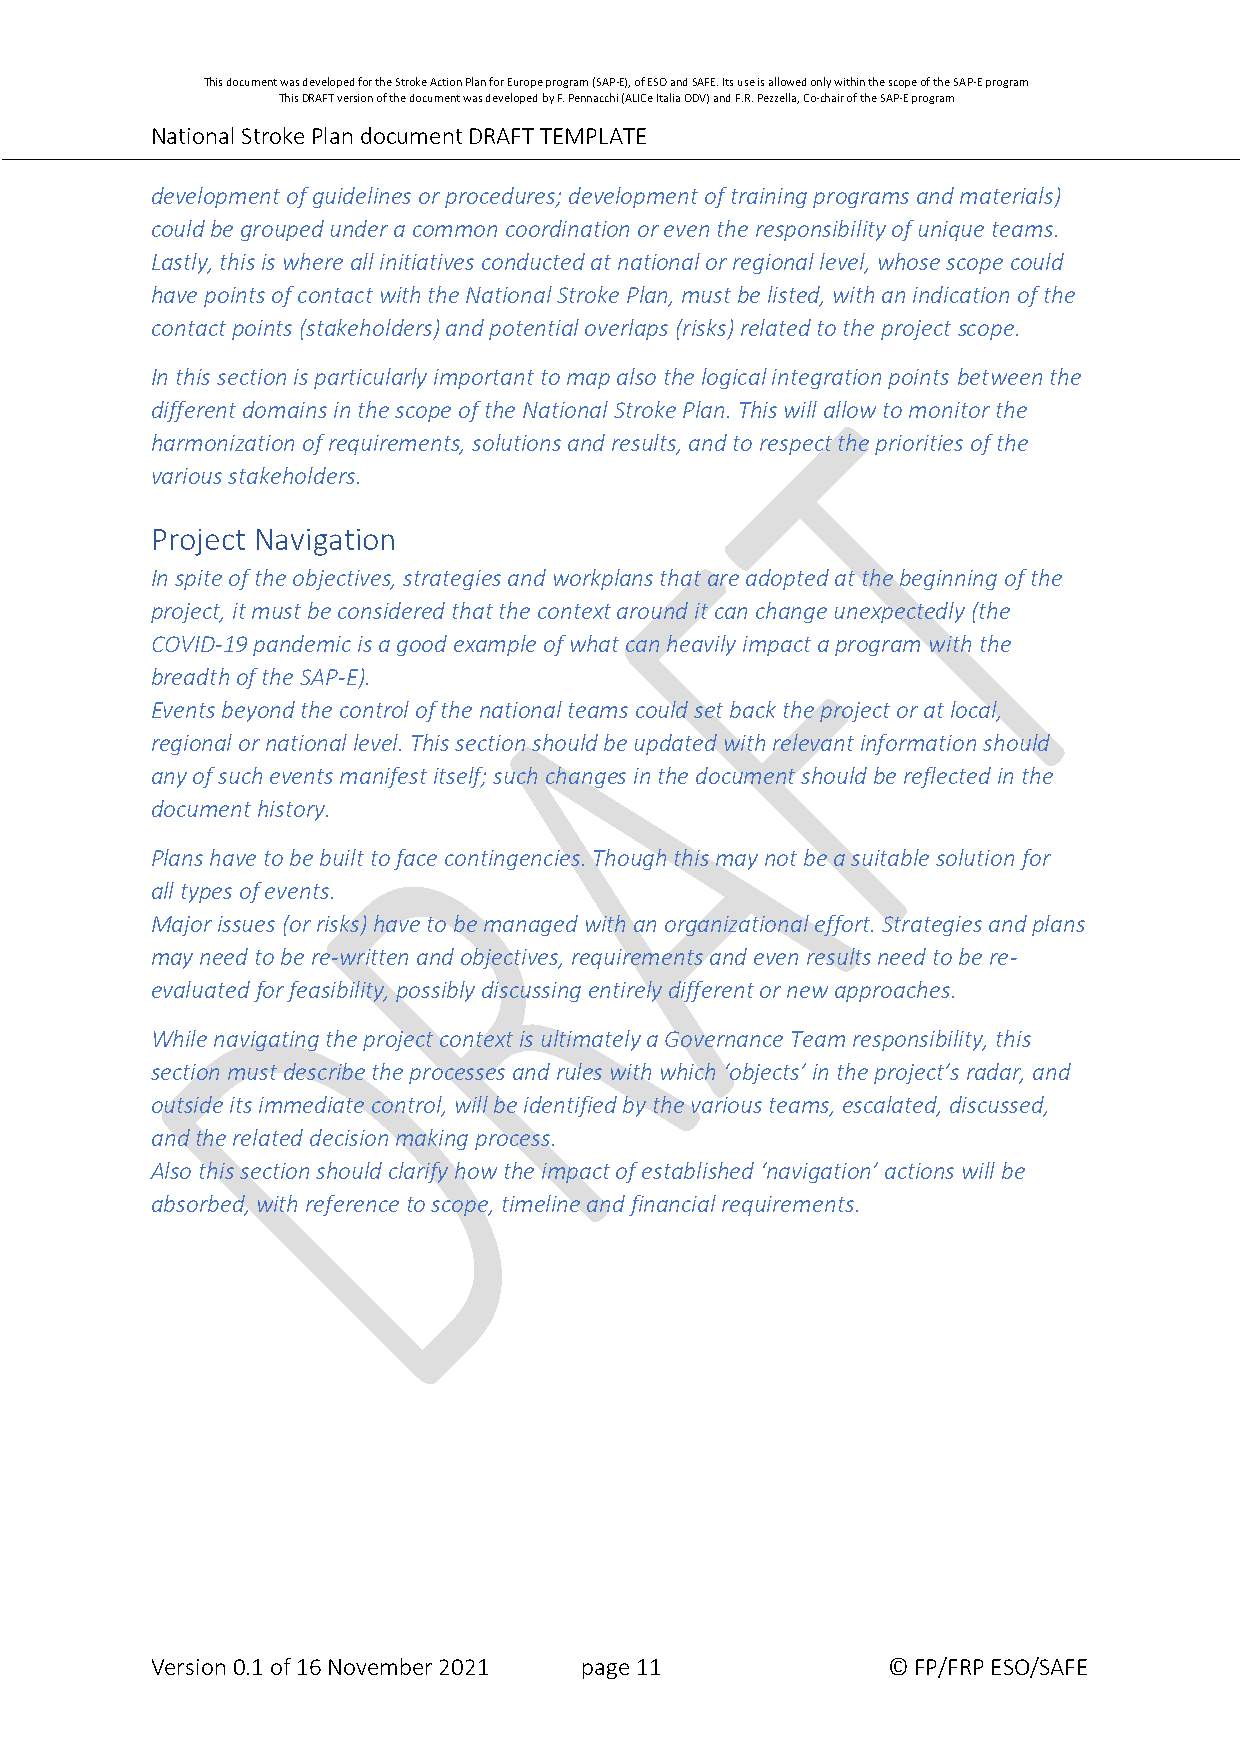
This document was developed for the Stroke Action Plan for Europe program (SAP-E), of ESO and SAFE. Its use is allowed only within the scope of the SAP-E program
 This DRAFT version of the document was developed by F. Pennacchi (ALICe Italia ODV) and F.R. Pezzella, Co-chair of the SAP-E program
 National Stroke Plan document DRAFT TEMPLATE
 development of guidelines or procedures; development of training programs and materials)
 could be grouped under a common coordination or even the responsibility of unique teams.
 Lastly, this is where all initiatives conducted at national or regional level, whose scope could
 have points of contact with the National Stroke Plan, must be listed, with an indication of the
 contact points (stakeholders) and potential overlaps (risks) related to the project scope.
 In this section is particularly important to map also the logical integration points between the
 different domains in the scope of the National Stroke Plan. This will allow to monitor the
 harmonization of requirements, solutions and results, and to respect the priorities of the
 various stakeholders.
 Project Navigation
 In spite of the objectives, strategies and workplans that are adopted at the beginning of the
 project, it must be considered that the context around it can change unexpectedly (the
 COVID-19 pandemic is a good example of what can heavily impact a program with the
 breadth of the SAP-E).
 Events beyond the control of the national teams could set back the project or at local,
 regional or national level. This section should be updated with relevant information should
 any of such events manifest itself; such changes in the document should be reflected in the
 document history.
 Plans have to be built to face contingencies. Though this may not be a suitable solution for
 all types of events.
 Major issues (or risks) have to be managed with an organizational effort. Strategies and plans
 may need to be re-written and objectives, requirements and even results need to be re-
 evaluated for feasibility, possibly discussing entirely different or new approaches.
 While navigating the project context is ultimately a Governance Team responsibility, this
 section must describe the processes and rules with which ‘objects’ in the project’s radar, and
 outside its immediate control, will be identified by the various teams, escalated, discussed,
 and the related decision making process.
 Also this section should clarify how the impact of established ‘navigation’ actions will be
 absorbed, with reference to scope, timeline and financial requirements.
 Version 0.1 of 16 November 2021 page 11          © FP/FRP ESO/SAFE